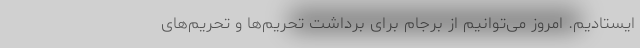
ایستادیم. امروز می‌توانیم از برجام برای برداشت تحریم‌ها و تحریم‌های